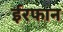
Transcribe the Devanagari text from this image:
ईरफान